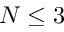
N \le 3